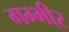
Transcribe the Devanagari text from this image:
गम्भी्र